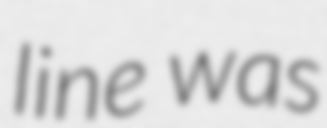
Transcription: line was